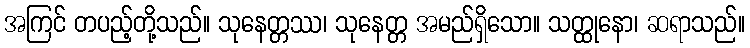
အကြင် တပည့်တို့သည်။ သုနေတ္တဿ၊ သုနေတ္တ အမည်ရှိသော။ သတ္ထုနော၊ ဆရာသည်။